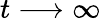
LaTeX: t\longrightarrow\infty